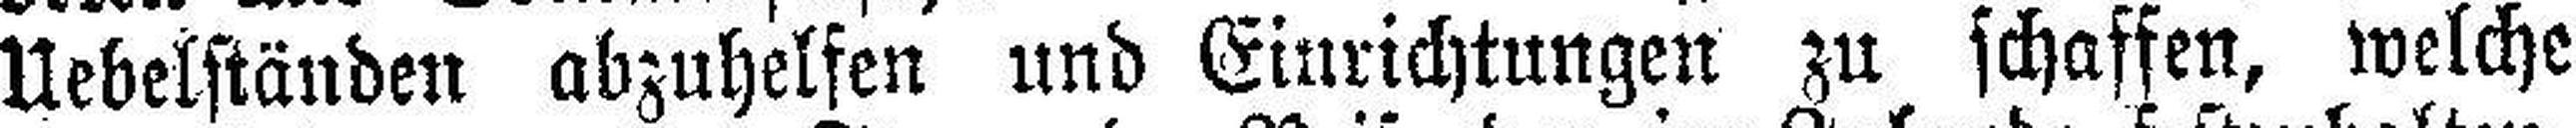
Uebelständen abzuhelfen und Einrichtungen zu schaffen, welche